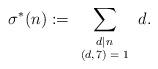
LaTeX: \begin{align*}\sigma^{*}(n):=\sum_{\scriptsize\begin{array}{cc}d|n\\(d,7)=1\normalsize\end{array}}d.\end{align*}